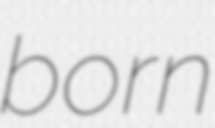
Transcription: born